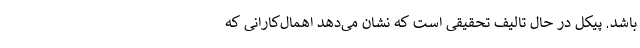
باشد. پیکل در حال تالیف تحقیقی است که نشان می‌دهد اهمال‌کارانی که